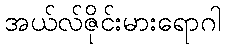
အယ်လ်ဇိုင်းမားရောဂါ